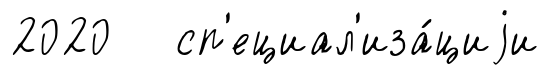
2020 сп'ециал'иза́циjи